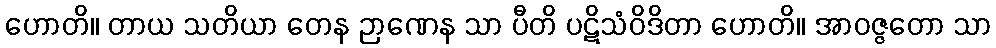
ဟောတိ။ တာယ သတိယာ တေန ဉာဏေန သာ ပီတိ ပဋိသံဝိဒိတာ ဟောတိ။ အာဝဇ္ဇတော သာ